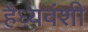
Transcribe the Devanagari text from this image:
हैध्यवंशी